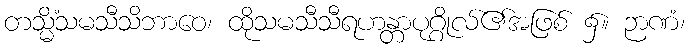
တသ္မိံသမသီသိဘာဝေ၊ ထိုသမသီသီရဟန္တာပုဂ္ဂိုလ်၏အဖြစ် ၌။ ဉာဏံ၊